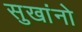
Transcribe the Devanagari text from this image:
सुखांनो